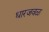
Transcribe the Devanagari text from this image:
धारजवळ